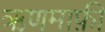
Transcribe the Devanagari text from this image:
ऋणमाफ़ी